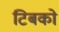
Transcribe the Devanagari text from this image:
टिबको